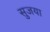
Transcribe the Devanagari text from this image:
सुजया